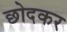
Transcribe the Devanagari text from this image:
छोदकर